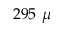
2 9 5 ~ \mu